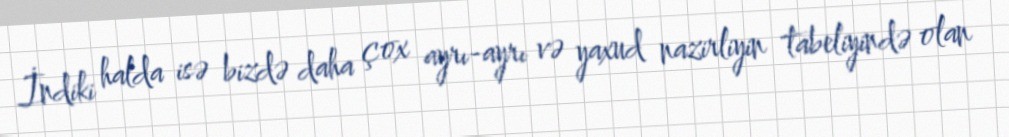
İndiki halda isə bizdə daha çox ayrı-ayrı və yaxud nazirliyin tabeliyində olan